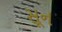
સૂન